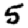
Digit: 5